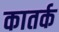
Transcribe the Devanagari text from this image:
कातर्क